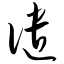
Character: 谴